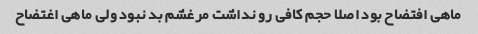
ماهی افتضاح بود اصلا حجم کافی رو نداشت مرغشم بد نبود ولی ماهی اغتضاح